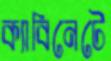
ক্যাবিনেটে